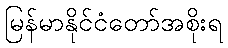
မြန်မာနိုင်ငံတော်အစိုးရ